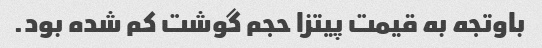
باوتجه به قیمت پیتزا حجم گوشت کم شده بود.